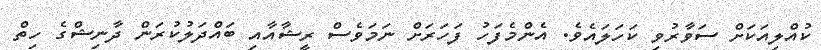
ކުއްލިއަކަށް ސަވާރުވި ކަހަލައެވެ. އެންމެފަހު ފަހަރަށް ނަމަވެސް ރީޝާއާއި ބައްދަލުކުރަން ދާނިޝްގެ ހިތް